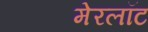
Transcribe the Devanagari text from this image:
मेरलॉट